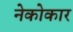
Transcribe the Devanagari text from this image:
नेकोकार